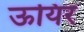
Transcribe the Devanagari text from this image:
ऊयिर